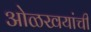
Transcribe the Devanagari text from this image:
ओळखयांची